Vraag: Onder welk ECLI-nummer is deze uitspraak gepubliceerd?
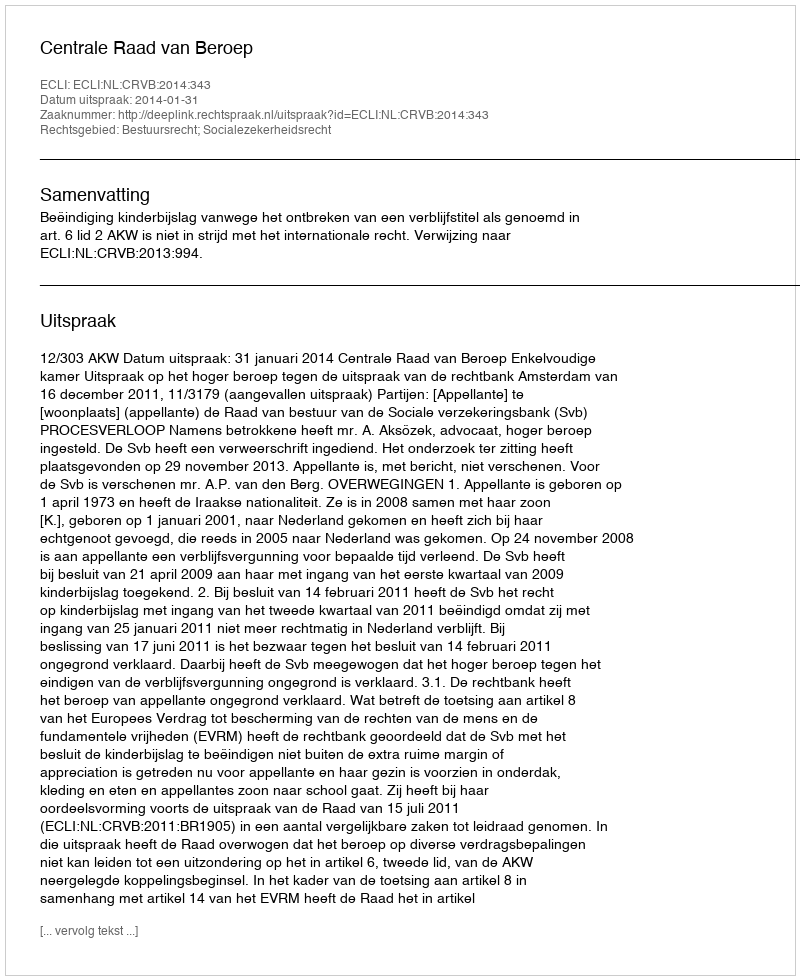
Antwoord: ECLI:NL:CRVB:2014:343